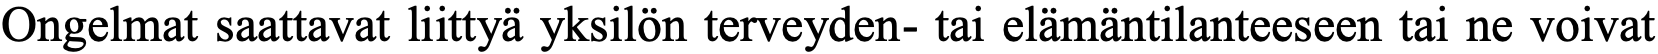
Ongelmat saattavat liittyä yksilön terveyden- tai elämäntilanteeseen tai ne voivat